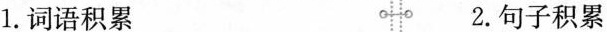
1. 词语积累 2. 句子积累